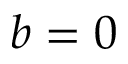
b = 0